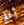
أعلم